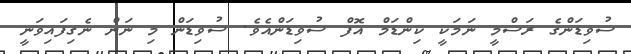
ސުވިޑަންގެ ރަސްމީ ނަމަކީ ކިންޑަމް އޮފް ސުވިޑަންއެވެ. ސުވިޑަން މި ނަން ނެގިފައިވަނީ